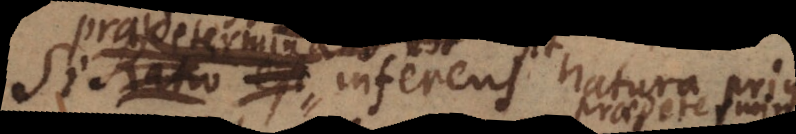
esse inferens natura prius